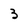
Character: 3